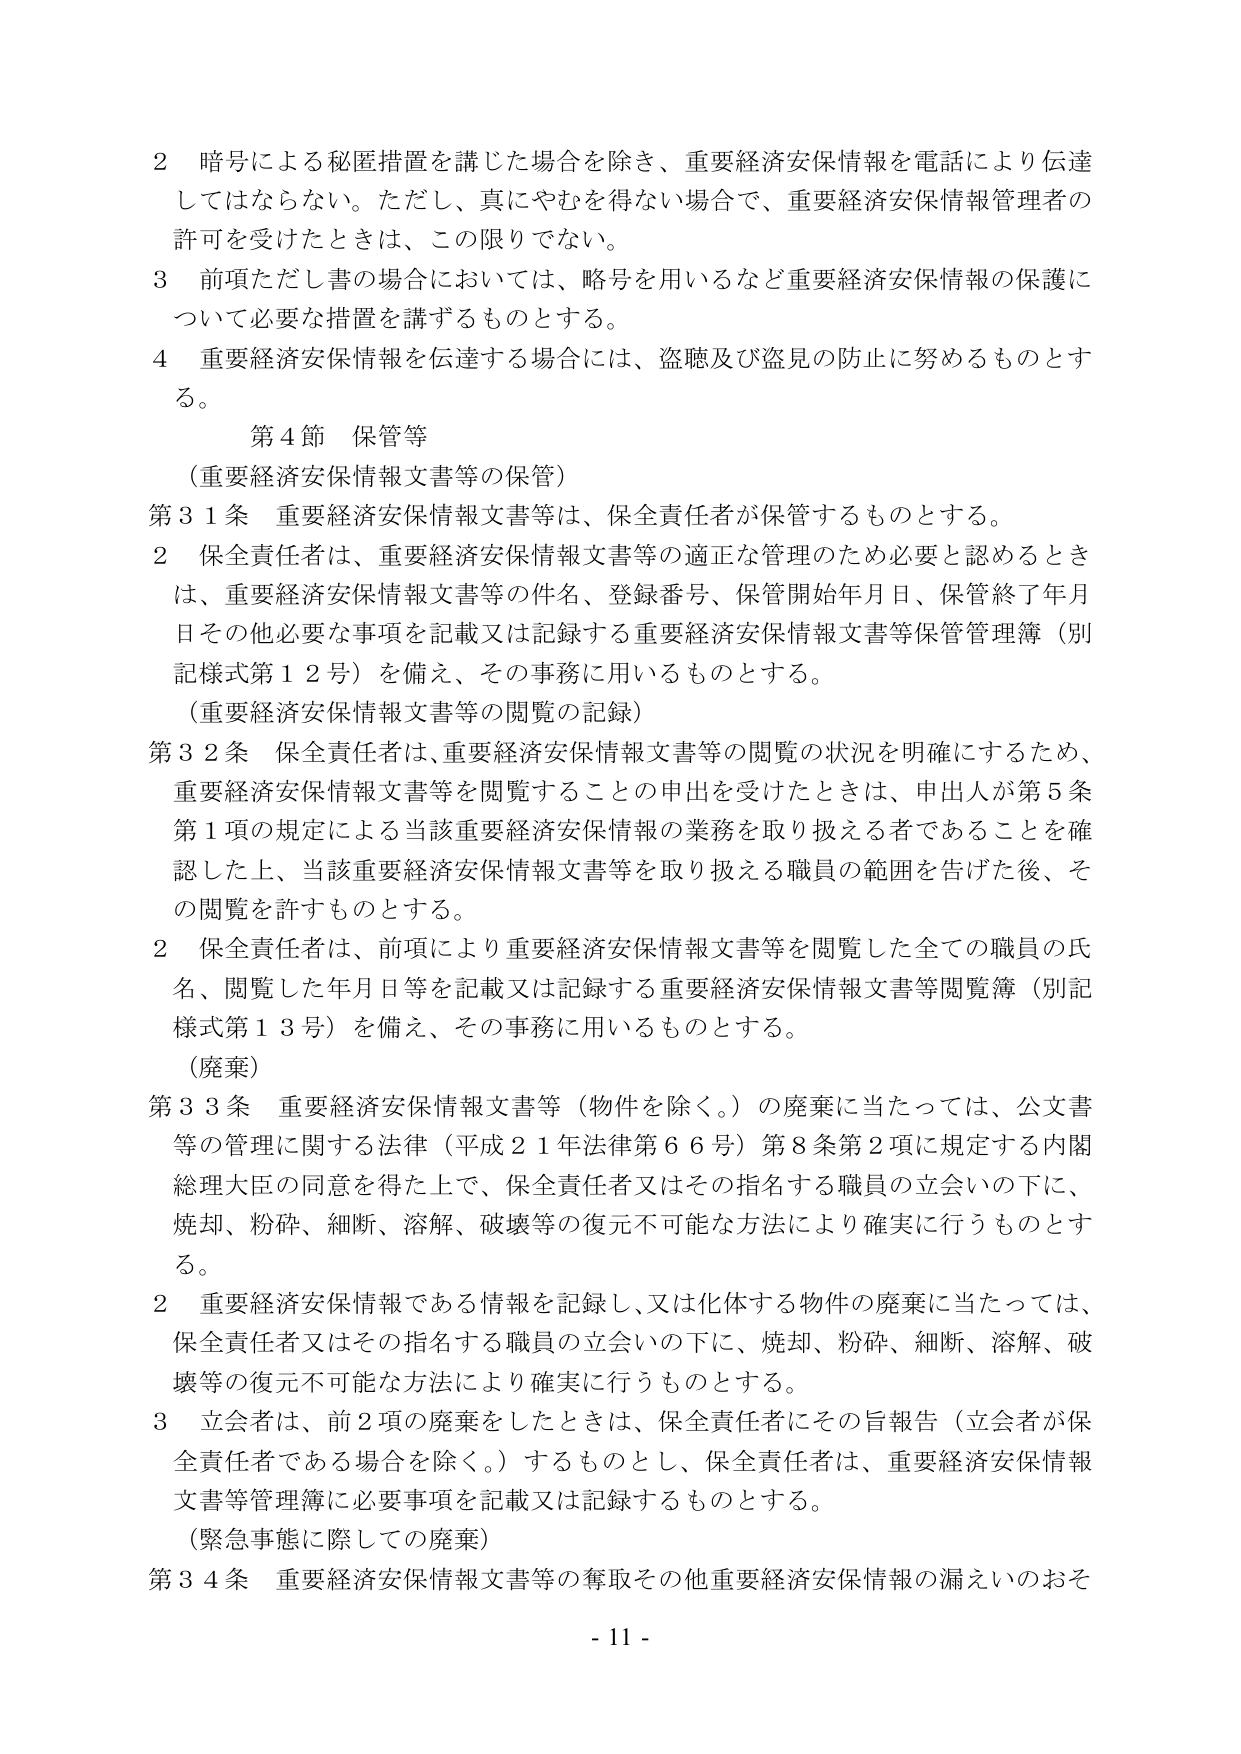
2 暗号による秘匿措置を講じた場合を除き、重要経済安保情報を電話により伝達してはならない。ただし、真にやむを得ない場合で、重要経済安保情報管理者の許可を受けたときは、この限りでない。

3 前項ただし書の場合においては、略号を用いるなど重要経済安保情報の保護について必要な措置を講ずるものとする。

4 重要経済安保情報を伝達する場合には、盗聴及び盗見の防止に努めるものとする。

第4節 保管等

（重要経済安保情報文書等の保管）

第31条 重要経済安保情報文書等は、保全責任者が保管するものとする。

2 保全責任者は、重要経済安保情報文書等の適正な管理のため必要と認めるときは、重要経済安保情報文書等の件名、登録番号、保管開始年月日、保管終了年月日その他必要な事項を記載又は記録する重要経済安保情報文書等保管管理簿（別記様式第12号）を備え、その事務に用いるものとする。

（重要経済安保情報文書等の閲覧の記録）

第32条 保全責任者は、重要経済安保情報文書等の閲覧の状況を明確にするため、重要経済安保情報文書等を閲覧することの申出を受けたときは、申出人が第5条第1項の規定による当該重要経済安保情報の業務を取り扱える者であることを確認した上、当該重要経済安保情報文書等を取り扱える職員の範囲を告げた後、その閲覧を許すものとする。

2 保全責任者は、前項により重要経済安保情報文書等を閲覧した全ての職員の氏名、閲覧した年月日等を記載又は記録する重要経済安保情報文書等閲覧簿（別記様式第13号）を備え、その事務に用いるものとする。

（廃棄）

第33条 重要経済安保情報文書等（物件を除く。）の廃棄に当たっては、公文書等の管理に関する法律（平成21年法律第66号）第8条第2項に規定する内閣総理大臣の同意を得た上で、保全責任者又はその指名する職員の立会いの下に、焼却、粉砕、細断、溶解、破壊等の復元不可能な方法により確実に行うものとする。

2 重要経済安保情報である情報を記録し、又は化体する物件の廃棄に当たっては、保全責任者又はその指名する職員の立会いの下に、焼却、粉砕、細断、溶解、破壊等の復元不可能な方法により確実に行うものとする。

3 立会者は、前2項の廃棄をしたときは、保全責任者にその旨報告（立会者が保全責任者である場合を除く。）するものとし、保全責任者は、重要経済安保情報文書等管理簿に必要事項を記載又は記録するものとする。

（緊急事態に際しての廃棄）

第34条 重要経済安保情報文書等の奪取その他重要経済安保情報の漏えいのおそ

- 11 -